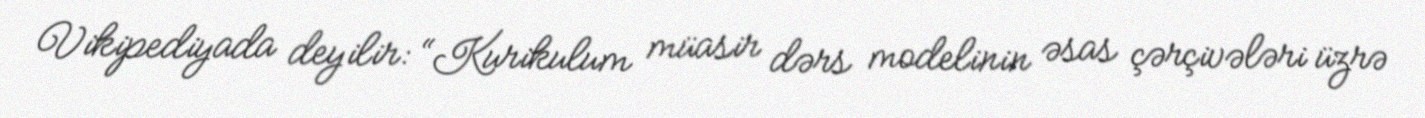
Vikipediyada deyilir: “Kurikulum müasir dərs modelinin əsas çərçivələri üzrə